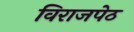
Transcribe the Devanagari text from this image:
विराजपेठ